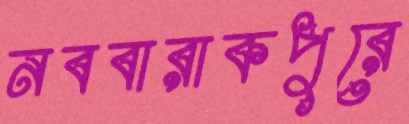
নববারাকপুরে